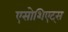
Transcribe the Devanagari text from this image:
एसोशिएट्स